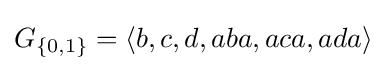
G_{\{0,1\}}=\langle b,c,d,aba,aca,ada\rangle